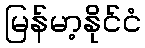
မြန်မာ့နိုင်ငံ